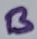
Text: B